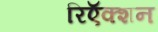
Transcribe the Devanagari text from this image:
रिऍक्शन